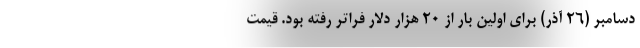
دسامبر (۲۶ آذر) برای اولین بار از ۲۰ هزار دلار فراتر رفته بود. قیمت